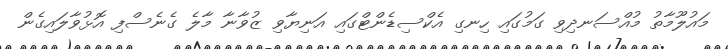
މައުލޫމާތު މުއްސަނދިވި ގަމުގައި ހިނގި އެކްސިޑެންޓްގައި އަނިޔާވި ޒުވާނާ މާލެ ގެނެސްފި އޮޅުވާލައިގެން